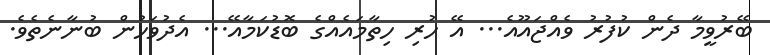
ބޭރުވީމާ ދެން ކުފުރު ވެއްޖައޫއެ... އޭ ހުރި ހިތާމައެއްގެ ބޮޑުކަމާއޭ... އެދުވަހުން ބުނާނެތެވެ.